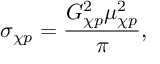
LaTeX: \sigma _ { \chi p } = { \frac { G _ { \chi p } ^ { 2 } \mu _ { \chi p } ^ { 2 } } { \pi } } ,